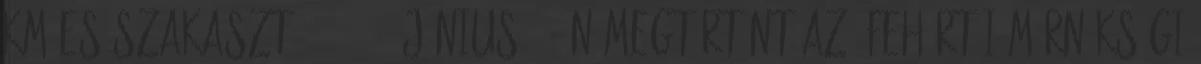
km-es szakaszt. 6 2013. június 18-án megtörtént az ófehértói mérnökségi